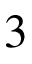
3